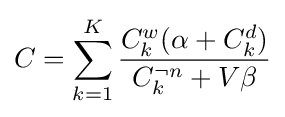
C=\sum _{k=1}^{K}{\frac {C_{k}^{w}(\alpha +C_{k}^{d})}{C_{k}^{\neg n}+V\beta }}